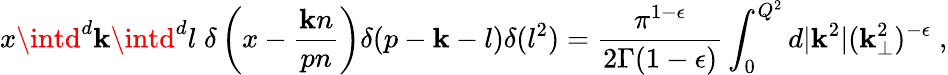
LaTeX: x\intd^{d}\mathbf{k}\intd^{d}l\; \delta\left(x-\frac{{\mathbf{k}n}}{{pn}}\right)\delta(p-\mathbf{k}-l)\delta(l^{2})=\frac{{\pi^{1-\epsilon}}}{{2\Gamma(1-\epsilon)}}\int_{0}^{Q^{2}}d|\mathbf{k}^{2}|(\mathbf{k}_{\perp}^{2})^{-\epsilon}\; ,